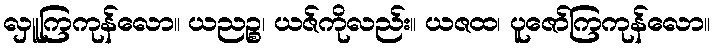
လှူကြကုန်လော။ ယညဉ္စ၊ ယဇ်ကိုလည်း။ ယဇထ၊ ပူဇော်ကြကုန်လော။